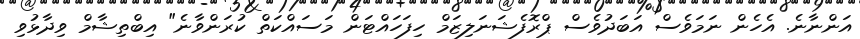
އަންނާނެ. އެހެން ނަމަވެސް އަބަދުވެސް ޕްރޮފެޝަނަލިޒަމް ހިފަހައްޓަން މަސައްކަތް ކުރަންވާނެ" އިބްތިޝާމް ވިދާޅުވި